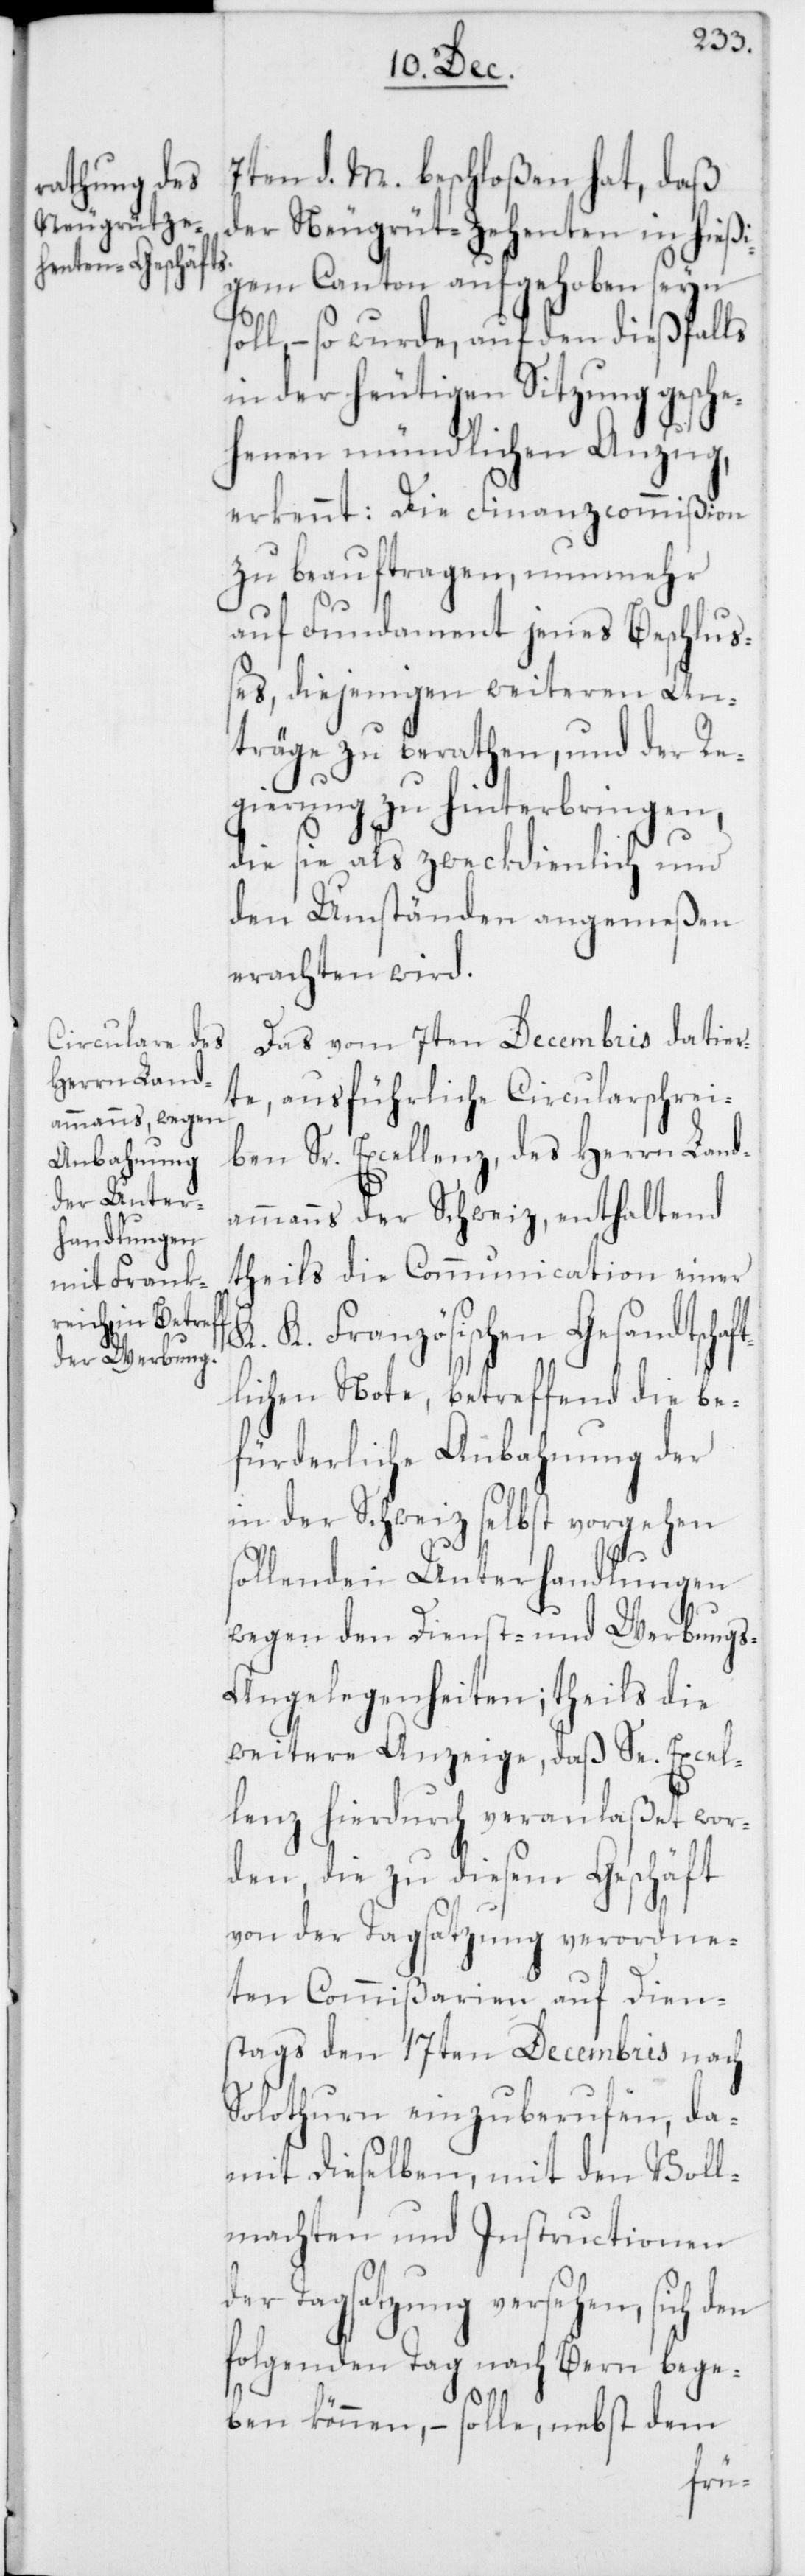
7ten d. M. beschloßen hat, daß
der Neugrüt-Zehenten in hießi¬
gem Canton aufgehoben seyn
soll, – so wurde auf den dießfalls
in der heutigen Sitzung gesch¬
ehenen mündlichen Anzug,
erkennt: Die Finanzcommißion
zu beauftragen, nunmehr
auf Fundament jenes Beschluß¬
es, diejenigen weiteren An¬
träge zu berathen und der Re¬
gierung zu hinterbringen,
die sie als zweckdienlich und
den Umständen angemeßen
erachten wird.
Das vom 7ten Decembris datier¬
te, ausführliche Circularschrei¬
ben Sr. Excellenz, des Herrn Land¬
ammanns der Schweiz, enthaltend
theils die Communication einer
K. K. Französischen Gesandtschaf¬
tlichen Note, betreffend die be¬
fürderliche Anbahnung der
in der Schweiz selbst vorgehen
sollenden Unterhandlungen
wegen den Dienst- und Werbung¬
s-Angelegenheiten; theils die
weitere Anzeige, daß Se. Excel¬
lenz hierdurch veranlaßet wor¬
den, die zu diesem Geschäft
von der Tagsatzung verordne¬
ten Commißarien auf Dien¬
stags den 17ten Decembris nach
Solothurn einzuberufen, da¬
mit dieselben mit den Voll¬
machten und Instructionen
Tagsatzung versehen, sich
folgenden Tag nach Bern bege¬
ben können, – solle, nebst dem